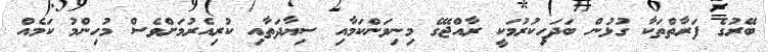
ބޭރުގެ ފަރާތްތަކާ ގުޅުން ބަދަހިކުރުމަކީ ރާއްޖޭގެ މިނިވަންކަމާއި ސިޔާދަތާއި ކުރިއެރުމަށްވެސް މުހިންމު ކަމެއް